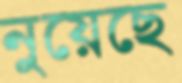
নুয়েছে